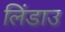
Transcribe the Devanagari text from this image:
लिंडाउ